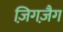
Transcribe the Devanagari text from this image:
ज़िगज़ैग